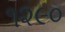
૧૨૯૦